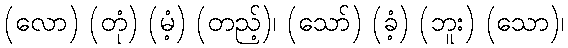
(လော) (တုံ) (မံ့) (တည့်)၊ (သော်) (ခံ့) (ဘူး) (သော)၊